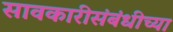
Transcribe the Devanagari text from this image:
सावकारीसंबंधीच्या